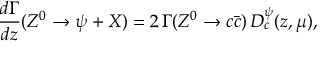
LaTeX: \frac { d \Gamma } { d z } ( Z ^ { 0 } \to \psi + X ) = 2 \, \Gamma ( Z ^ { 0 } \to c \bar { c } ) \, D _ { c } ^ { \psi } ( z , \mu ) ,